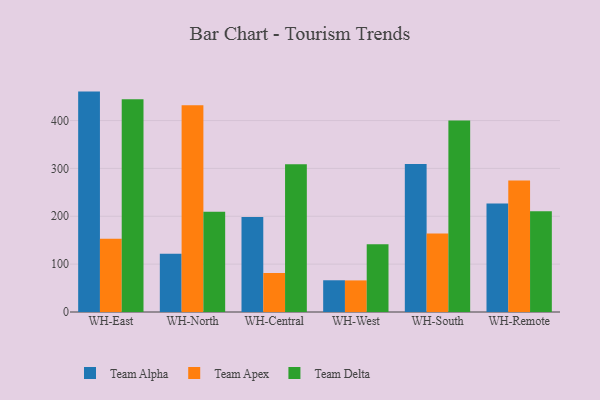
{"axis": {"x": "Warehouse", "y": "Churn Rate (%)"}, "legend": ["Team Alpha", "Team Apex", "Team Delta"], "data": [{"x": "WH-East", "y": 460.5, "type": "Team Alpha"}, {"x": "WH-East", "y": 153.2, "type": "Team Apex"}, {"x": "WH-East", "y": 444.4, "type": "Team Delta"}, {"x": "WH-North", "y": 121.7, "type": "Team Alpha"}, {"x": "WH-North", "y": 431.8, "type": "Team Apex"}, {"x": "WH-North", "y": 209.2, "type": "Team Delta"}, {"x": "WH-Central", "y": 198.3, "type": "Team Alpha"}, {"x": "WH-Central", "y": 81.5, "type": "Team Apex"}, {"x": "WH-Central", "y": 308.6, "type": "Team Delta"}, {"x": "WH-West", "y": 66.3, "type": "Team Alpha"}, {"x": "WH-West", "y": 66.0, "type": "Team Apex"}, {"x": "WH-West", "y": 141.4, "type": "Team Delta"}, {"x": "WH-South", "y": 309.1, "type": "Team Alpha"}, {"x": "WH-South", "y": 163.9, "type": "Team Apex"}, {"x": "WH-South", "y": 400.1, "type": "Team Delta"}, {"x": "WH-Remote", "y": 226.6, "type": "Team Alpha"}, {"x": "WH-Remote", "y": 274.9, "type": "Team Apex"}, {"x": "WH-Remote", "y": 210.6, "type": "Team Delta"}]}